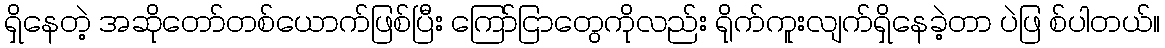
ရှိနေတဲ့ အဆိုတော်တစ်ယောက်ဖြစ်ပြီး ကြော်ငြာတွေကိုလည်း ရိုက်ကူးလျက်ရှိနေခဲ့တာ ပဲဖြ စ်ပါတယ်။